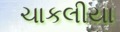
ચાકલીયા